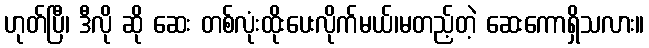
ဟုတ်ပြီ၊ ဒီလို ဆို ဆေး တစ်လုံးထိုးပေးလိုက်မယ်၊မတည့်တဲ့ ဆေးကောရှိသလား။